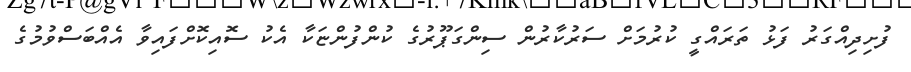
ފުށިދިއްގަރު ފަޅު ތަރައްގީ ކުރުމަށް ސަރުކާރުން ސިންގަޕޫރުގެ ކުންފުންޏަކާ އެކު ސޮއިކޮށްފައިވާ އެއްބަސްވުމުގެ